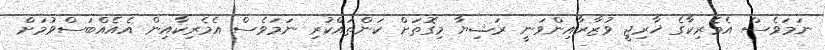
ނަމަވެސް އެމެރިކާގެ ޚާރިޖީ ވުޒާރާއިންވަނީ ރަޝިޔާ މިގޮތަށް ކަންތައްކުރި ނަމަވެސް އެމެރިކާއިން އެއެއްބަސްވުމަށް